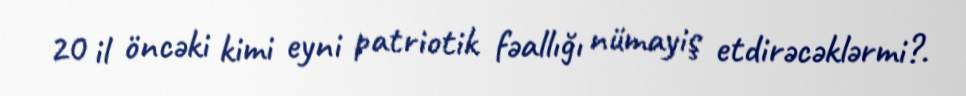
20 il öncəki kimi eyni patriotik fəallığı nümayiş etdirəcəklərmi?.